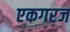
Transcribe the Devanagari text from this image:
एकगरज